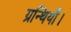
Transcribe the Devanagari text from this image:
ग्रन्थियाँ।